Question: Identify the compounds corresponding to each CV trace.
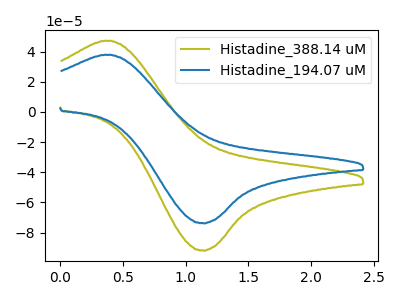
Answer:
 <answer>The olive curve is labeled "Histadine_388.14 uM". The blue curve is labeled "Histadine_194.07 uM".</answer>
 <eval></eval>